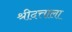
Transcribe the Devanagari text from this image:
श्रीदत्ताला